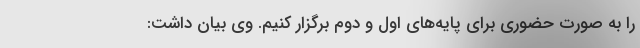
را به صورت حضوری برای پایه‌های اول و دوم برگزار کنیم. وی بیان داشت: